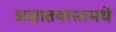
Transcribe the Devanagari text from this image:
अज्ञातवासामधे